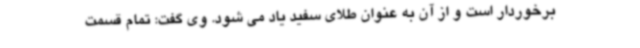
برخوردار است و از آن به عنوان طلای سفید یاد می شود. وی گفت: تمام قسمت